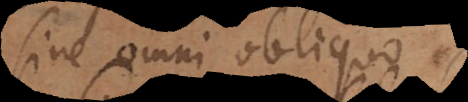
sine omni obliquo